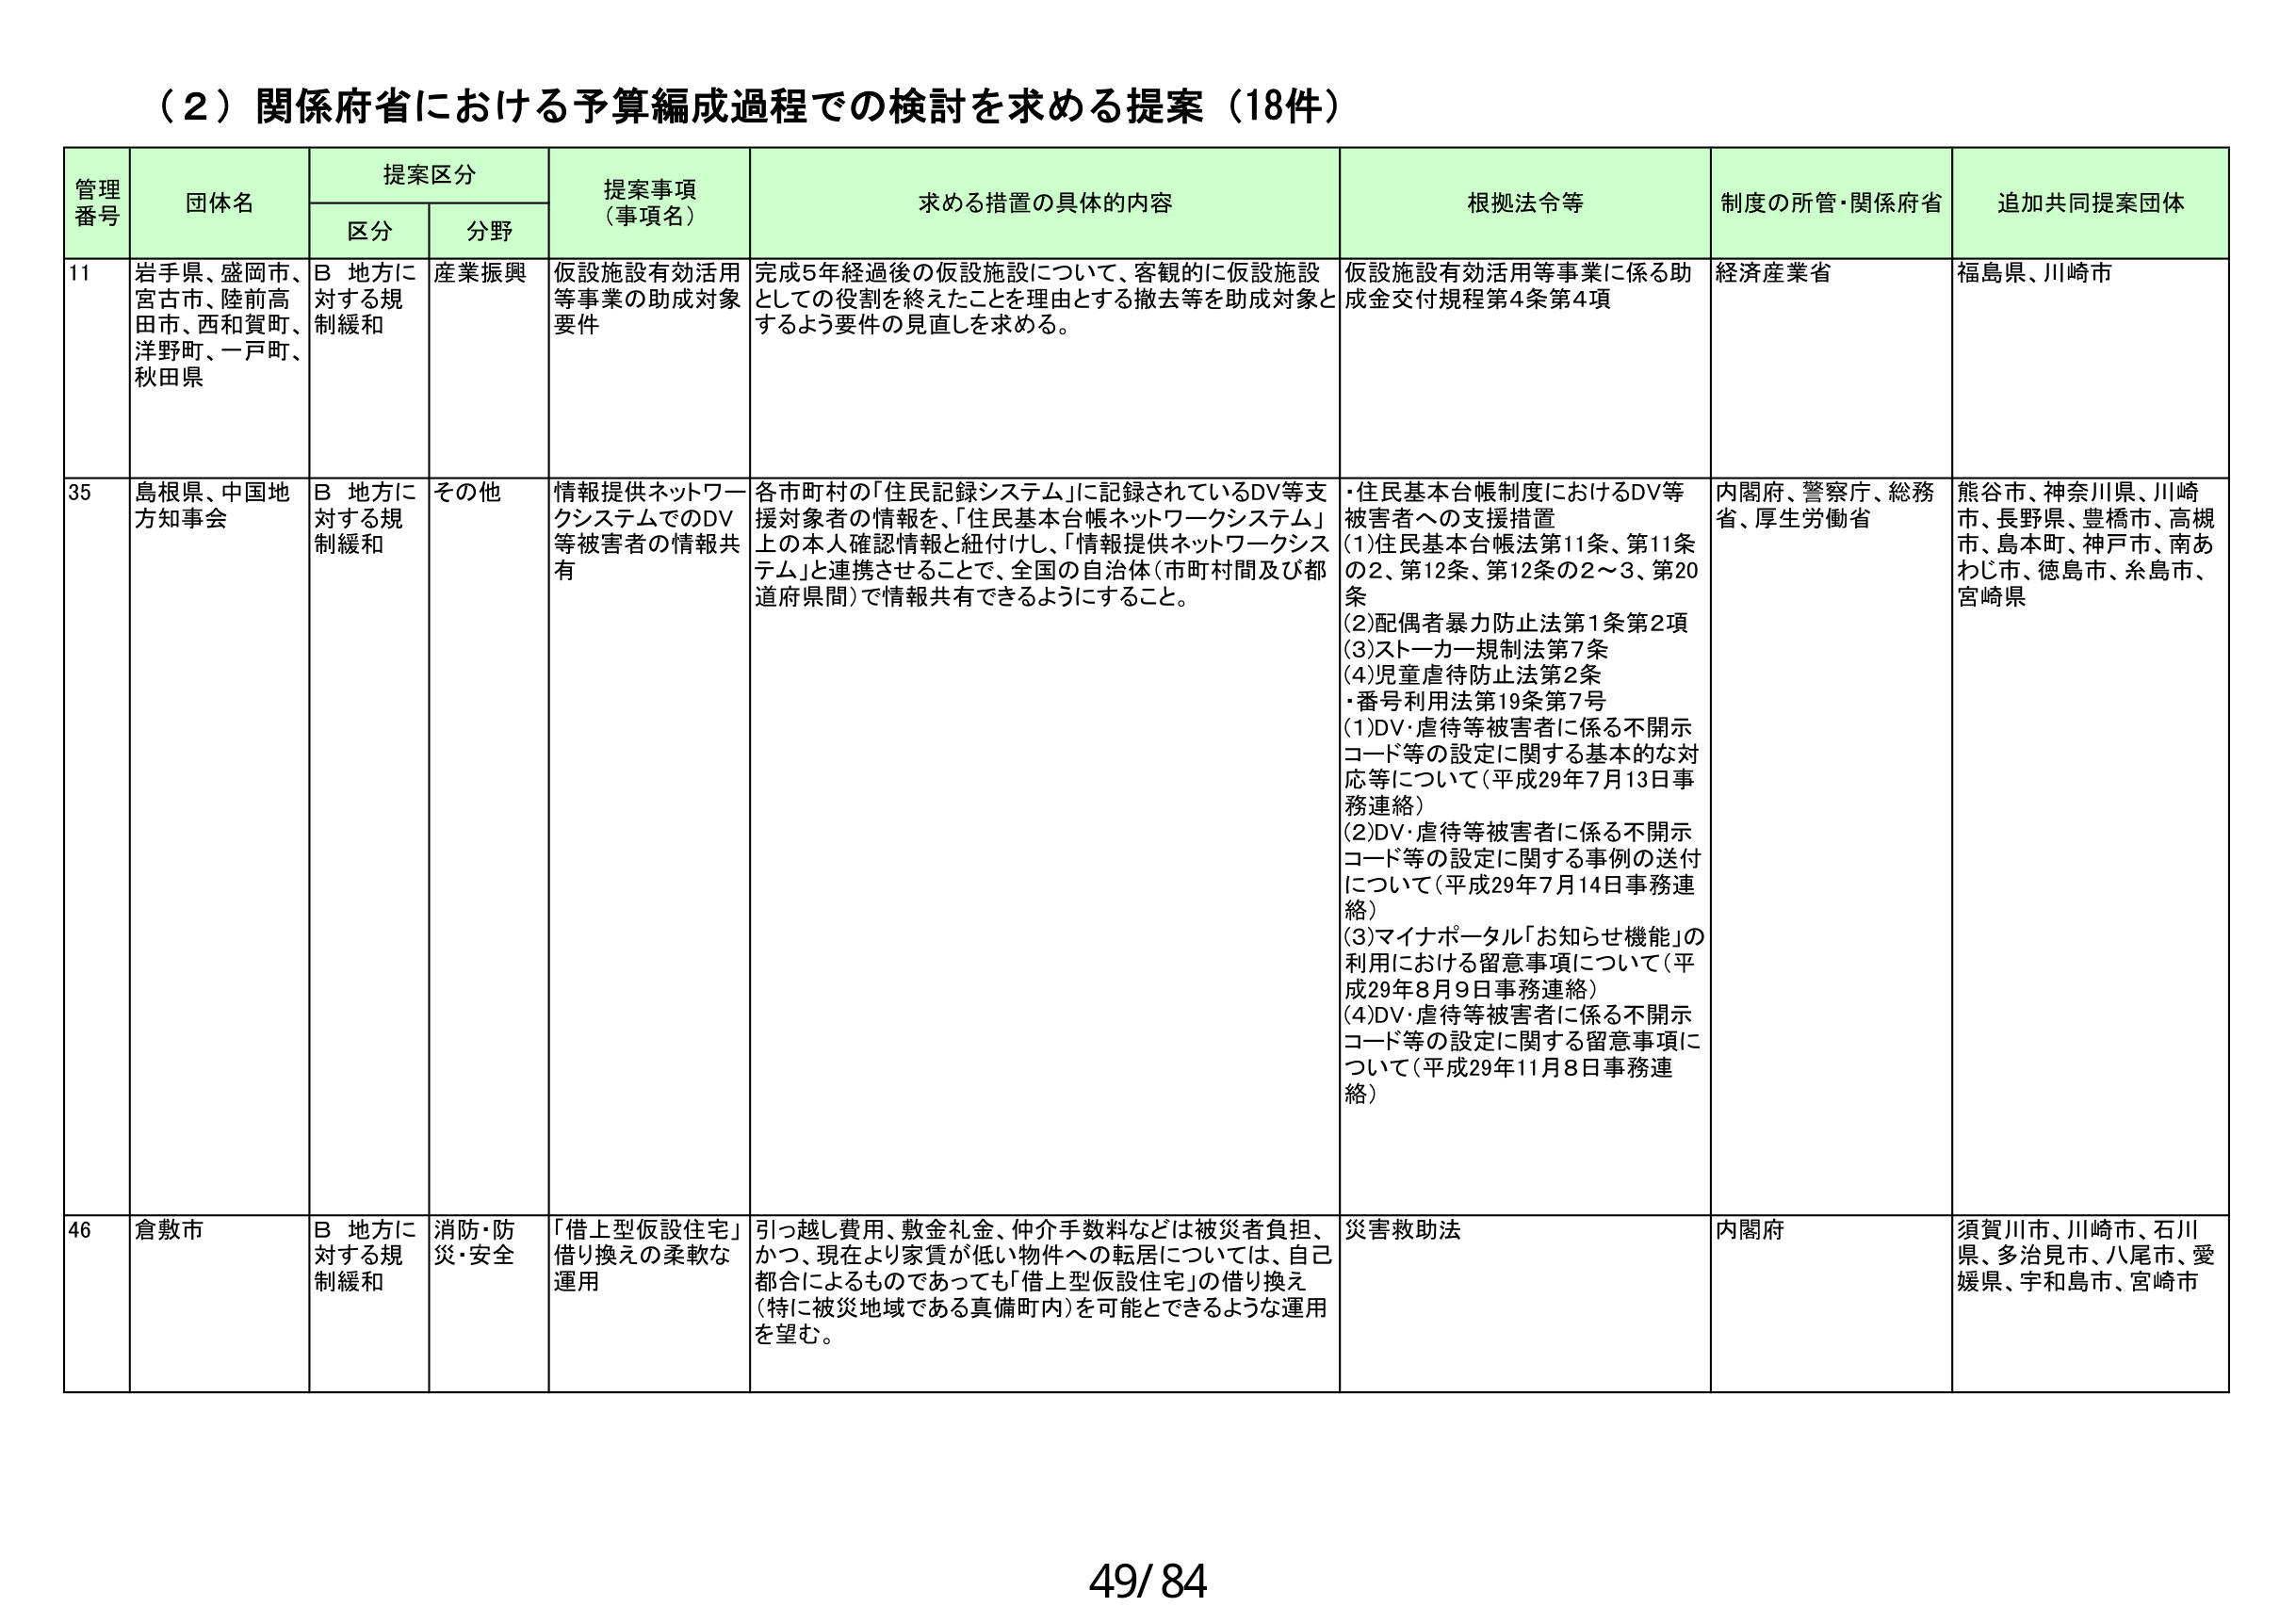
（２）関係府省における予算編成過程での検討を求める提案（18件）

管理番号　団体名　提案区分　提案事項（事項名）　求める措置の具体的内容　根拠法令等　制度の所管・関係府省　追加共同提案団体
　　　　　　区分　分野

11　岩手県、盛岡市、宮古市、陸前高田市、西和賀町、洋野町、一戸町、秋田県　B 地方に対する規制緩和　産業振興　仮設施設有効活用等事業の助成対象要件　完成5年経過後の仮設施設について、客観的に仮設施設としての役割を終えたことを理由とする撤去等を助成対象とするよう要件の見直しを求める。　仮設施設有効活用等事業に係る助成金交付規程第4条第4項　経済産業省　福島県、川崎市

35　島根県、中国地方知事会　B 地方に対する規制緩和　その他　情報提供ネットワークシステムでのDV等被害者の情報共有　各市町村の「住民記録システム」に記録されているDV等支援対象者の情報を、「住民基本台帳ネットワークシステム」上の本人確認情報と紐付けし、「情報提供ネットワークシステム」と連携させることで、全国の自治体（市町村間及び都道府県間）で情報共有できるようにすること。　・住民基本台帳制度におけるDV等被害者への支援措置
(1)住民基本台帳法第11条、第11条の2、第12条、第12条の2～3、第20条
(2)配偶者暴力防止法第1条第2項
(3)ストーカー規制法第7条
(4)児童虐待防止法第2条
・番号利用法第19条第7号
(1)DV・虐待等被害者に係る不開示コード等の設定に関する基本的な対応等について（平成29年7月13日事務連絡）
(2)DV・虐待等被害者に係る不開示コード等の設定に関する事例の送付について（平成29年7月14日事務連絡）
(3)マイナポータル「お知らせ機能」の利用における留意事項について（平成29年8月9日事務連絡）
(4)DV・虐待等被害者に係る不開示コード等の設定に関する留意事項について（平成29年11月8日事務連絡）　内閣府、警察庁、総務省、厚生労働省　熊谷市、神奈川県、川崎市、長野県、豊橋市、高槻市、島本町、神戸市、南あわじ市、徳島市、糸島市、宮崎県

46　倉敷市　B 地方に対する規制緩和　消防・防災・安全　「借上型仮設住宅」借り換えの柔軟な運用　引っ越し費用、敷金礼金、仲介手数料などは被災者負担、かつ、現在より家賃が低い物件への転居については、自己都合によるものであっても「借上型仮設住宅」の借り換え（特に被災地域である真備町内）を可能とするような運用を望む。　災害救助法　内閣府　須賀川市、川崎市、石川県、多治見市、八尾市、愛媛県、宇和島市、宮崎市

49/84